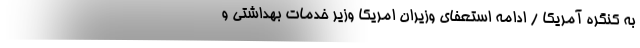
به کنگره آمریکا / ادامه استعفای وزیران امریکا وزیر خدمات بهداشتی و